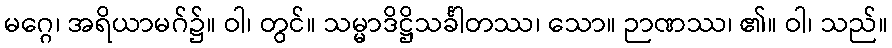
မဂ္ဂေ၊ အရိယာမဂ်၌။ ဝါ၊ တွင်။ သမ္မာဒိဋ္ဌိသင်္ခါတဿ၊ သော။ ဉာဏဿ၊ ၏။ ဝါ၊ သည်။